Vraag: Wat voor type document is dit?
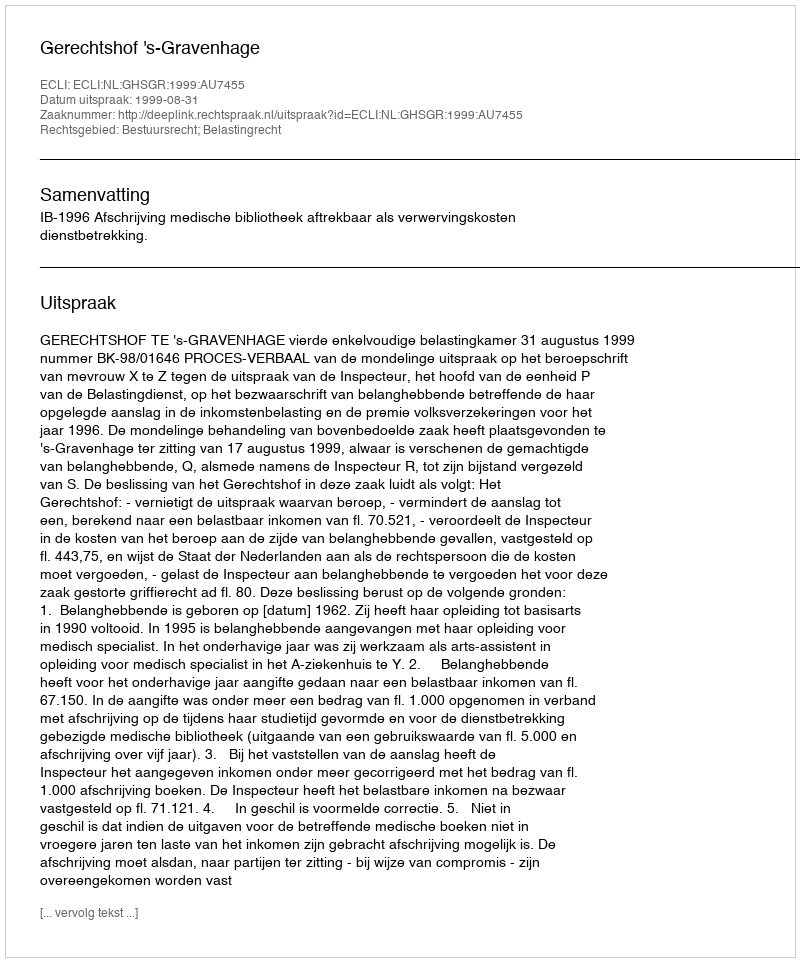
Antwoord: Uitspraak